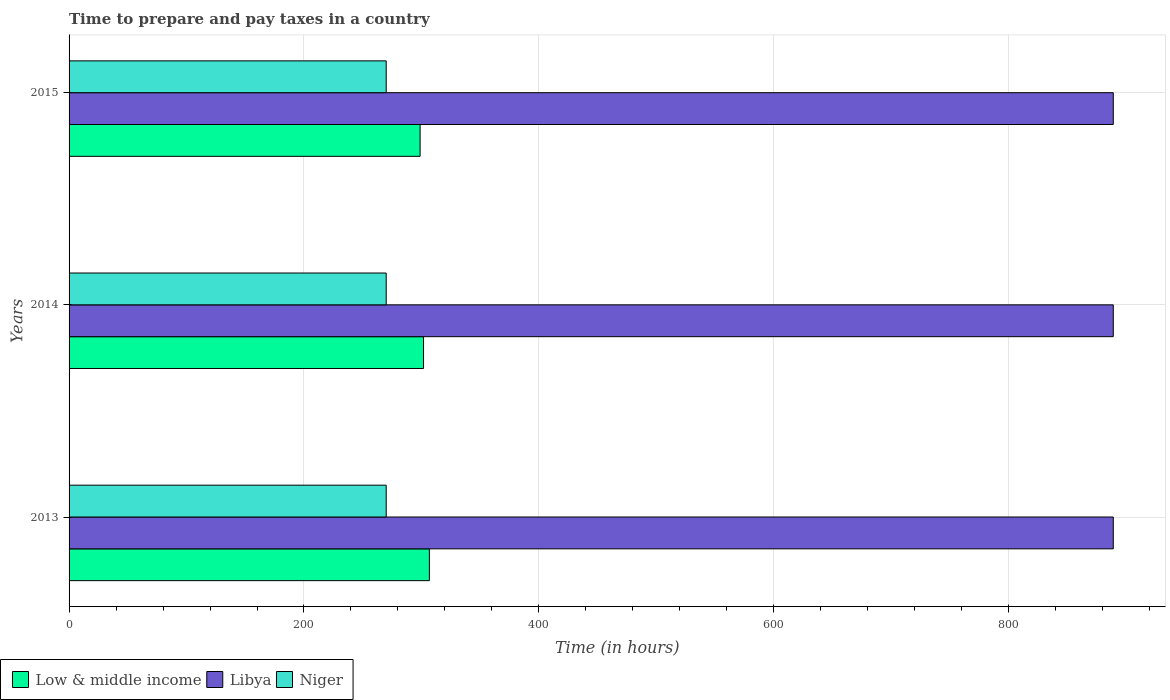
| Years | Low & middle income | Libya | Niger |
 | --- | --- | --- | --- |
 | 2013 | 307 | 889 | 270 |
 | 2014 | 302 | 889 | 270 |
 | 2015 | 299 | 889 | 270 |